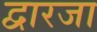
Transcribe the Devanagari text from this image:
द्वारजा